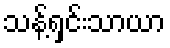
သန့်ရှင်းသာယာ